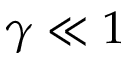
\gamma \ll 1